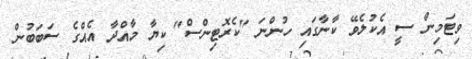
ވިޓަމިން ސީ އެކުލެވޭ ކާނާގައި ހުންނަ "ކެރޮޓިންސް" ކިޔާ މާއްދާ އެއްގެ ސަބަބުން